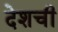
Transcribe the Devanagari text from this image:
देशची